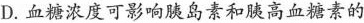
D.血糖浓度可影响胰岛素和胰高血糖素的